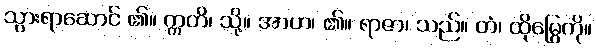
သွားရာဆောင် ၏။ ဣတိ၊ သို့။ အာဟ၊ ၏။ ရာဇာ၊ သည်။ တံ၊ ထိုမြွေကို။